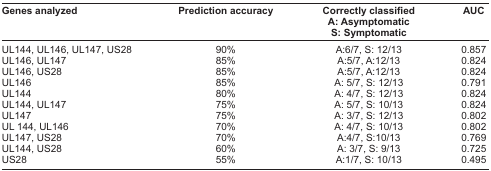
<table><thead><tr><td><b>Genes analyzed</b></td><td><b>Prediction accuracy</b></td><td><b>Correctly classified</b></td><td><b>AUC</b></td></tr><tr><td></td><td></td><td><b>A: Asymptomatic</b></td><td></td></tr><tr><td></td><td></td><td><b>S: Symptomatic</b></td><td></td></tr></thead><tbody><tr><td>UL144, UL146, UL147, US28</td><td>90%</td><td>A:6/7, S: 12/13</td><td>0.857</td></tr><tr><td>UL146, UL147</td><td>85%</td><td>A:5/7, A:12/13</td><td>0.824</td></tr><tr><td>UL146, US28</td><td>85%</td><td>A:5/7, A:12/13</td><td>0.824</td></tr><tr><td>UL146</td><td>85%</td><td>A: 5/7, S: 12/13</td><td>0.791</td></tr><tr><td>UL144</td><td>80%</td><td>A: 4/7, S: 12/13</td><td>0.824</td></tr><tr><td>UL144, UL147</td><td>75%</td><td>A: 5/7, S: 10/13</td><td>0.824</td></tr><tr><td>UL147</td><td>75%</td><td>A: 3/7, S: 12/13</td><td>0.802</td></tr><tr><td>UL 144, UL146</td><td>70%</td><td>A: 4/7, S: 10/13</td><td>0.802</td></tr><tr><td>UL147, US28</td><td>70%</td><td>A:4/7, S:10/13</td><td>0.769</td></tr><tr><td>UL144, US28</td><td>60%</td><td>A: 3/7, S: 9/13</td><td>0.725</td></tr><tr><td>US28</td><td>55%</td><td>A:1/7, S: 10/13</td><td>0.495</td></tr></tbody></table>